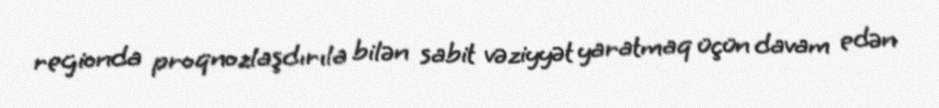
regionda proqnozlaşdırıla bilən sabit vəziyyət yaratmaq üçün davam edən